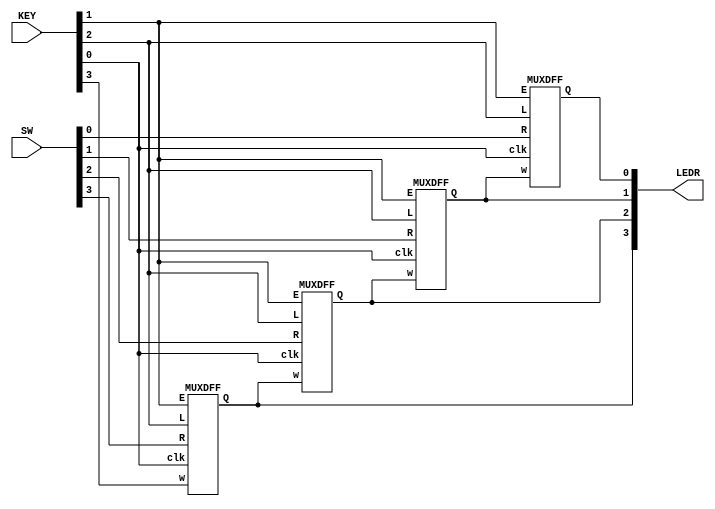
module top_module (
    input [3:0] SW,
    input [3:0] KEY,
    output [3:0] LEDR
); //
MUXDFF u_MUXDFF_1(
    .clk(KEY[0]),
    .E(KEY[1]),
    .L(KEY[2]),
    .w(LEDR[1]),
    .R(SW[0]),
    .Q(LEDR[0])
);

MUXDFF u_MUXDFF_2(
    .clk(KEY[0]),
    .E(KEY[1]),
    .L(KEY[2]),
    .w(LEDR[2]),
    .R(SW[1]),
    .Q(LEDR[1])
);

MUXDFF u_MUXDFF_3(
    .clk(KEY[0]),
    .E(KEY[1]),
    .L(KEY[2]),
    .w(LEDR[3]),
    .R(SW[2]),
    .Q(LEDR[2])
);

MUXDFF u_MUXDFF_4(
    .clk(KEY[0]),
    .E(KEY[1]),
    .L(KEY[2]),
    .w(KEY[3]),
    .R(SW[3]),
    .Q(LEDR[3])
);
endmodule

module MUXDFF (
    input clk,
    input E,
    input L,
    input w,
    input R,
    output Q
);
reg Q_reg;
wire [1:0] opt;
assign opt = {E,L};

always @(posedge clk)begin
    case (opt)
        2'b0:Q_reg <= Q_reg;
        2'b01:Q_reg <= R;
        2'b10:Q_reg <= w;
        2'b11:Q_reg <= R;
        default:Q_reg <= Q_reg;
    endcase
end
assign Q = Q_reg;
endmodule